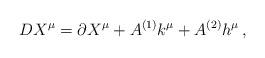
LaTeX: \begin{align*}D X^\mu=\partial X^\mu +A^{(1)} k^\mu + A^{(2)} h^\mu\, ,\end{align*}